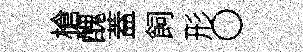
槍醜蓋飼形〇